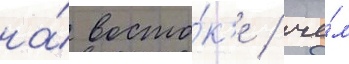
на́ восто́к'е / че́м